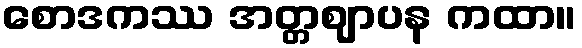
စောဒကဿ အတ္တဈာပန ကထာ။